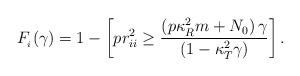
LaTeX: \begin{align*}F_{_{i}}(\gamma_{})=1-\left[p r^{2}_{ii}\geq \frac{\left(p\kappa^{2}_{R}m+N_{0}\right)\gamma_{}}{\left(1-\kappa^{2}_{T}\gamma_{}\right)}\right].\end{align*}